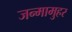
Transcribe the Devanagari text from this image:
जन्मामुहर